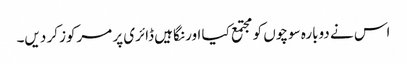
اس نے دوبارہ سوچوں کو مجتمع کیا اور نگاہیں ڈائری پر مرکوز کر دیں۔